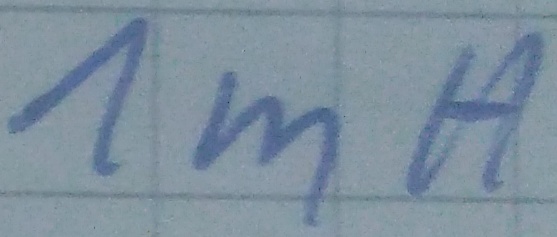
Text: 1mH